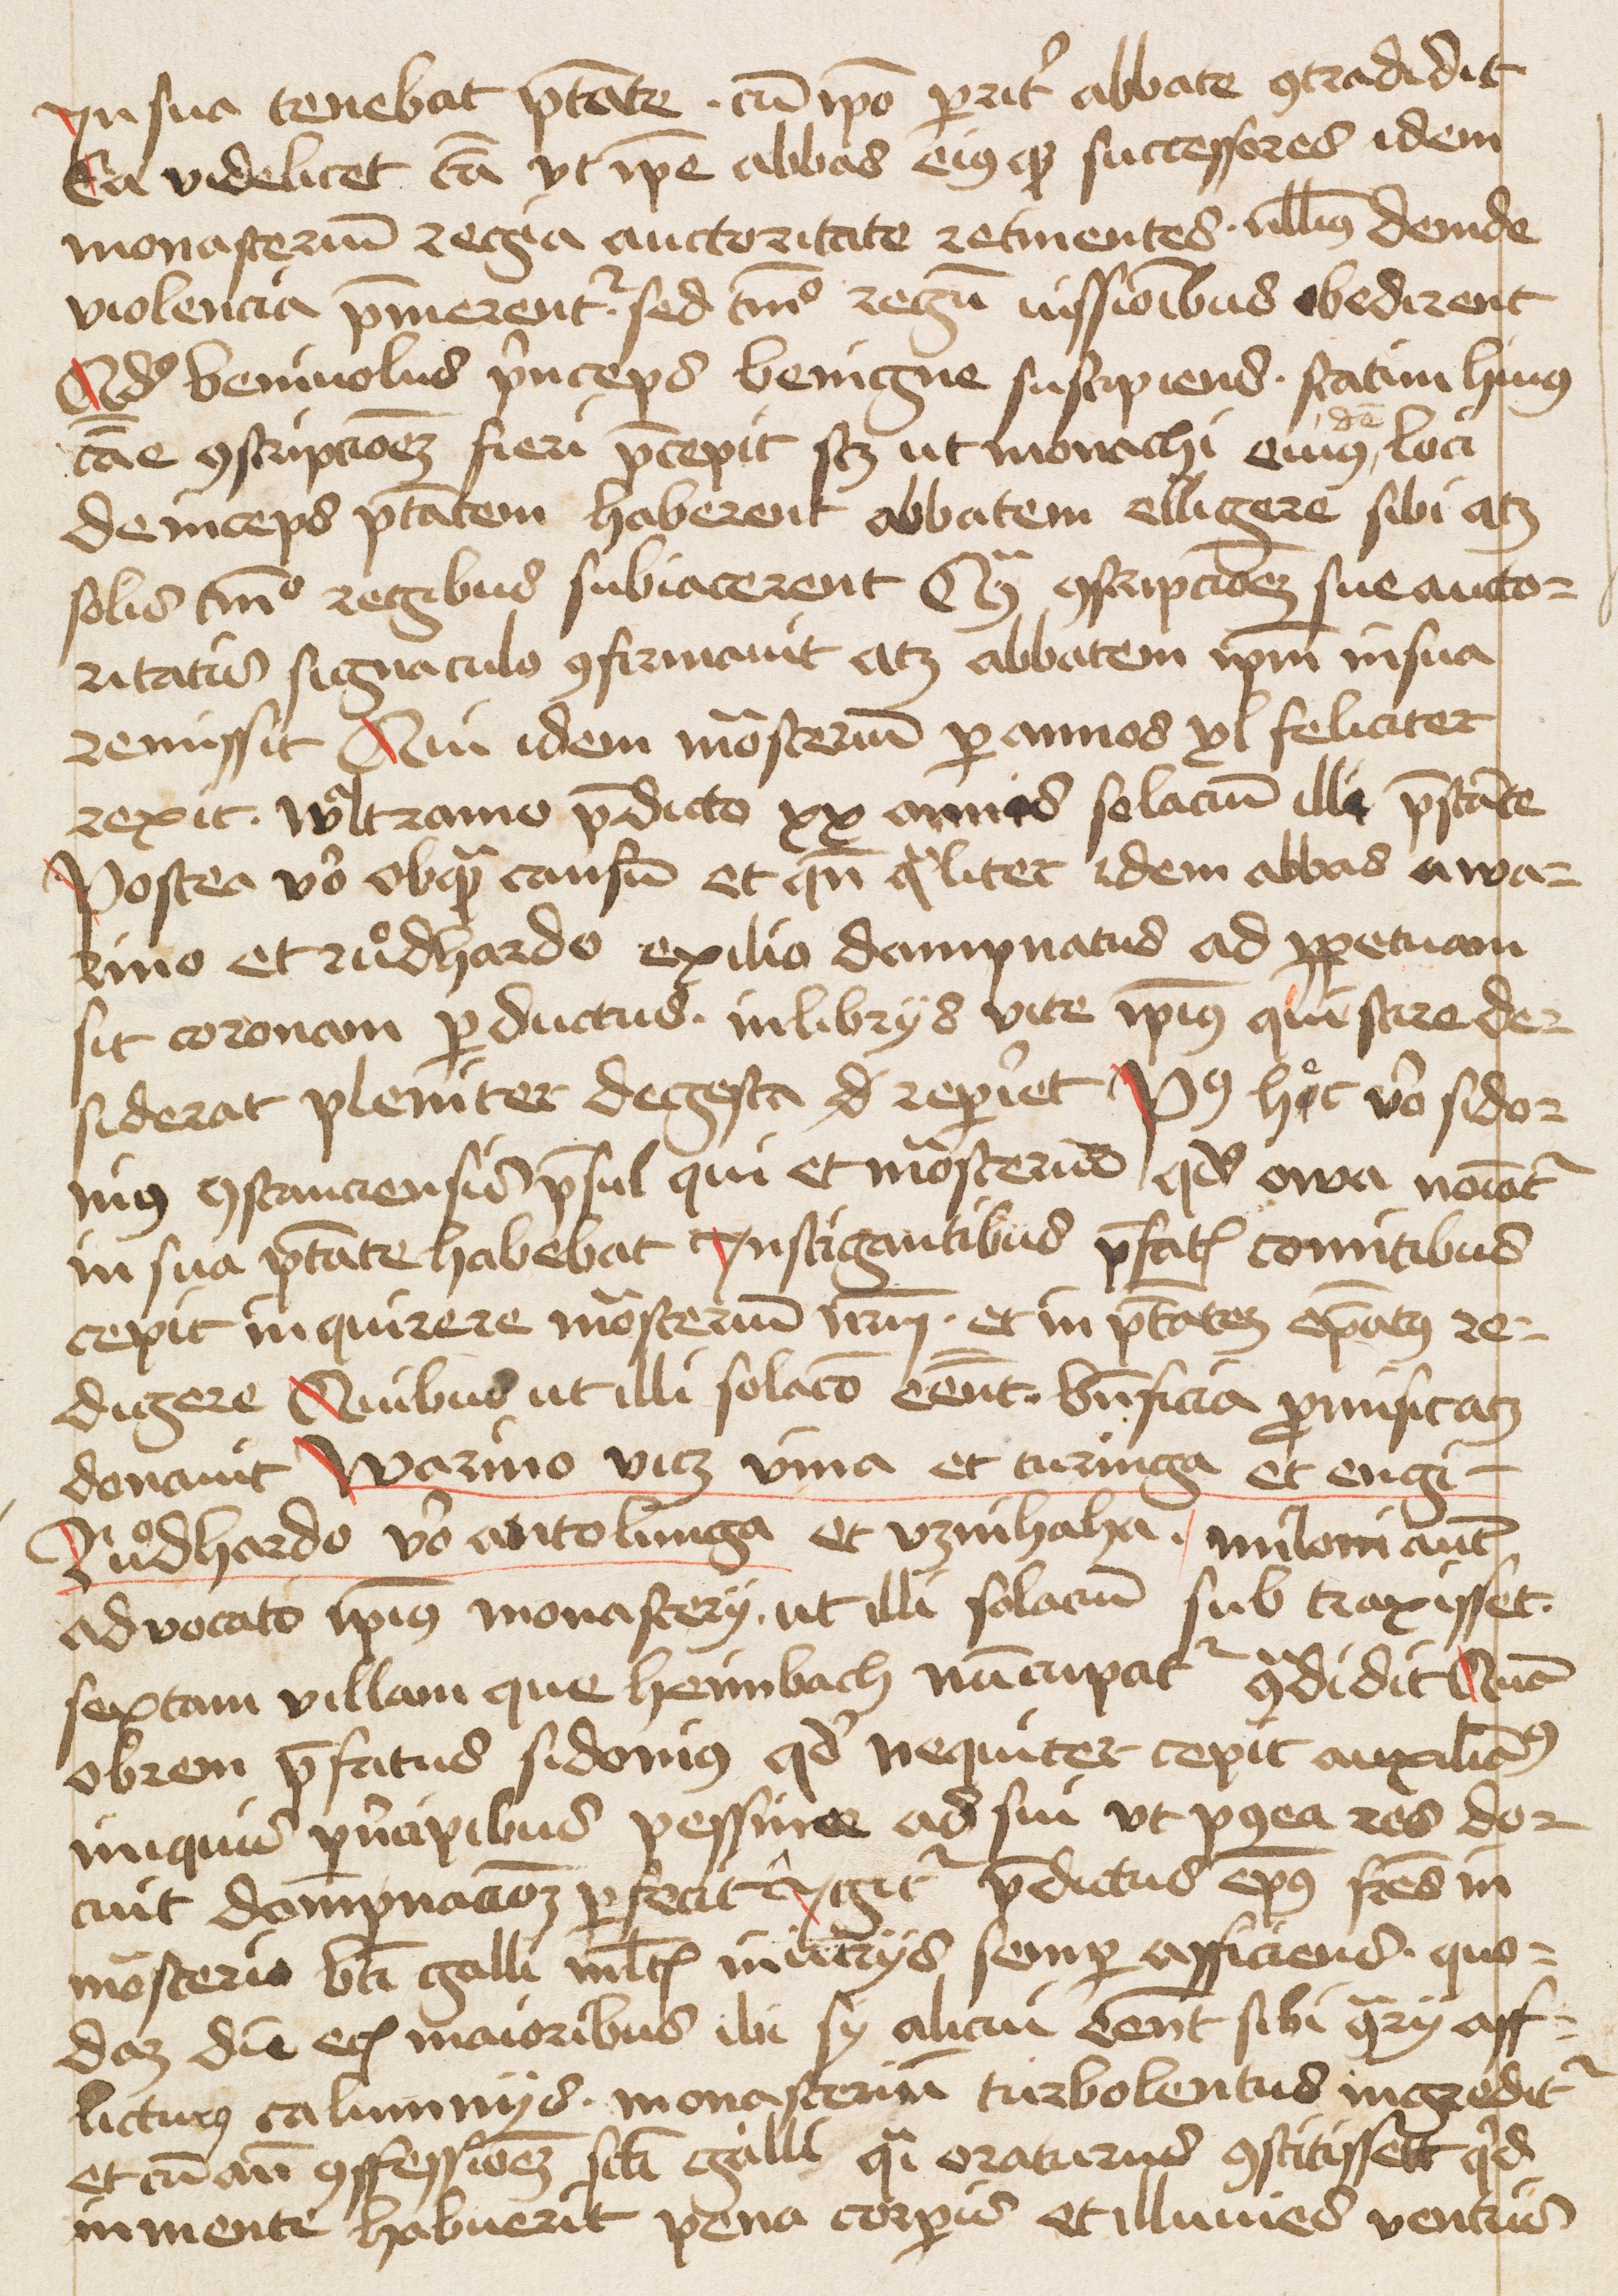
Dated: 1475–1495